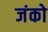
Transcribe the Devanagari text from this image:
जंको